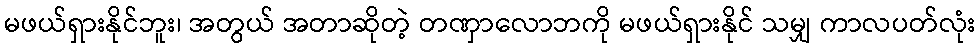
မဖယ်ရှားနိုင်ဘူး၊ အတွယ် အတာဆိုတဲ့ တဏှာလောဘကို မဖယ်ရှားနိုင် သမျှ ကာလပတ်လုံး